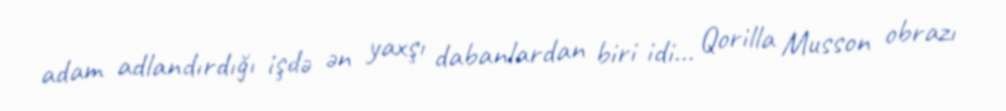
adam adlandırdığı işdə ən yaxşı dabanlardan biri idi… Qorilla Musson obrazı